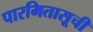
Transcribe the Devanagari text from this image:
पारमितासूची